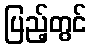
ပြည့်တွင်